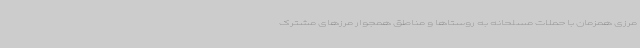
مرزی همزمان با حملات مسلحانه به روستاها و مناطق همجوار مرزهای مشترک